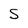
Character: S